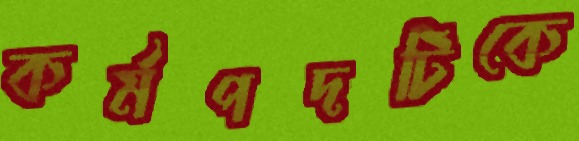
কর্মপদটিকে